Statistical return of the lunatic asylum in Assam - 1912-1932
Year: 1912
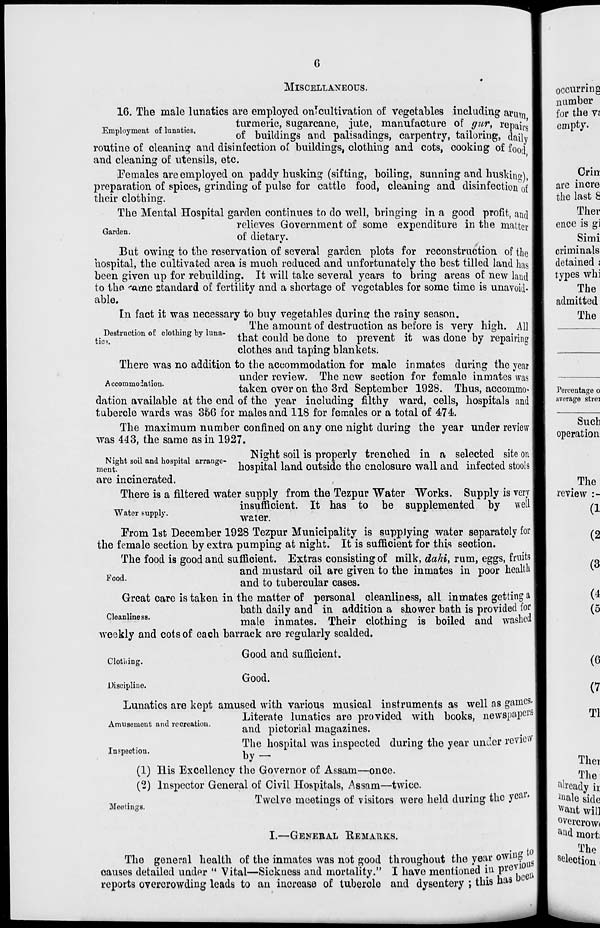
6
MISCELLANEOUS.
16. The male lunatics are employed onJcultivation of vegetables including arum
_ ,
„,
.
turmeric, sugarcane, iute, manufacture of qur, renaii*
Employment of lunatics.
p
, :1 ,'. J 3
, ' ,•-' ,.'
.
J. :i •
D l ,< *Us
F J
oi buildings and palisadmgs, carpentry, tailoring, daily
routine of cleaning and disinfection of buildings, clothing and cots, cooking of food
and cleaning of utensils, etc.
Females are employed on paddy husking (sifting, boiling, sunning and huskino),
preparation of spices, grinding of pulse for cattle food, cleaning and disinfection of
their clothing.
The Mental Hospital garden continues to do well, bringing in a good profit, and
_ .
relieves Government of some expenditure in the matter
Garden.
« j. <
*
Vl
of dietary.
But owing to the reservation of several garden plots for reconstruction of the
hospital, the cultivated area is much reduced and unfortunately the best tilled land has
been given up for rebuilding. It will take several years to bring areas of new land
to the 'ftflie standard of fertility and a shortage of vegetables for some time is unavoid-
able.
In fact it was necessary to buy vegetables durinej the rainy season.
The amount of destruction as before is very high. All
that could be done to prevent it was done by repairing
clothes and taping blankets.
There was no addition to the accommodation for male inmates during the year
9
under review. The new section for female inmates was
taken over on the 3rd September 1928. Thus, accommo-
dation available at the end of the year including filthy ward, cells, hospitals and
tubercle wards was 366 for males and 118 for females or a total of 474.
The maximum number confined on any one night during the year under review
was 443, the same as in 1927.
...... ., „, ., .
ISight soil is properly trenched in a selected site on
Night sou and hospital arrange- ,
•r 1 i
i
j. »>s •/
i
n
i • * i J i «i.
ment
hospital land outside the enclosure wall and lnlected stoois
are incinerated.
There is a filtered water supply from the Tezpur Water Works. Supply is very
insufficient. It has to be supplemented by well
Water supply.
^^
Prom 1st December 1928 Tezpur Municipality is supplying water separately for
the female section by extra pumping at night. It is sufficient for this section.
The food is good and sufficient. Extras consisting of milk, dahi, rum, eggs, fruits
and mustard oil are given to the inmates in poor health
00 "
and to tubercular cases.
Great care is taken in the matter of personal cleanliness, all inmates getting a
bath daily and in addition a shower bath is provided for
Cleanlines8 '
male inmates. Their clothing is boiled and washed
weekly and cots of each barrack are regularly scalded.
Destruction of clothing hy luna
tie?.
Clothing.
Discipline.
Good and sufficient.
Good.
Lunatics are kept amused with various musical instruments as well as games.
Literate lunatics are provided with books, newspapers
Amusement and recreation.
■>
• , . i
„ »• *
and pictorial magazines.
The hospital was inspected during the year under review
Inspection.
bv -
(1) His Excellency the Governor of Assam—once.
(2) Inspector General of Civil Hospitals, Assam—twice.
Twelve meetings of visitors were held during the yea 1 *
average strei
Meetings.
I.—GENERAL REMAUKS.
The general health of the inmates was not good throughout the year oWifl?'
causes detailed under u Vital—Sickness and mortality." I have mentioned in p lM3^
reports overcrowding leads to an increase of tuberolo and dysentery ; this has